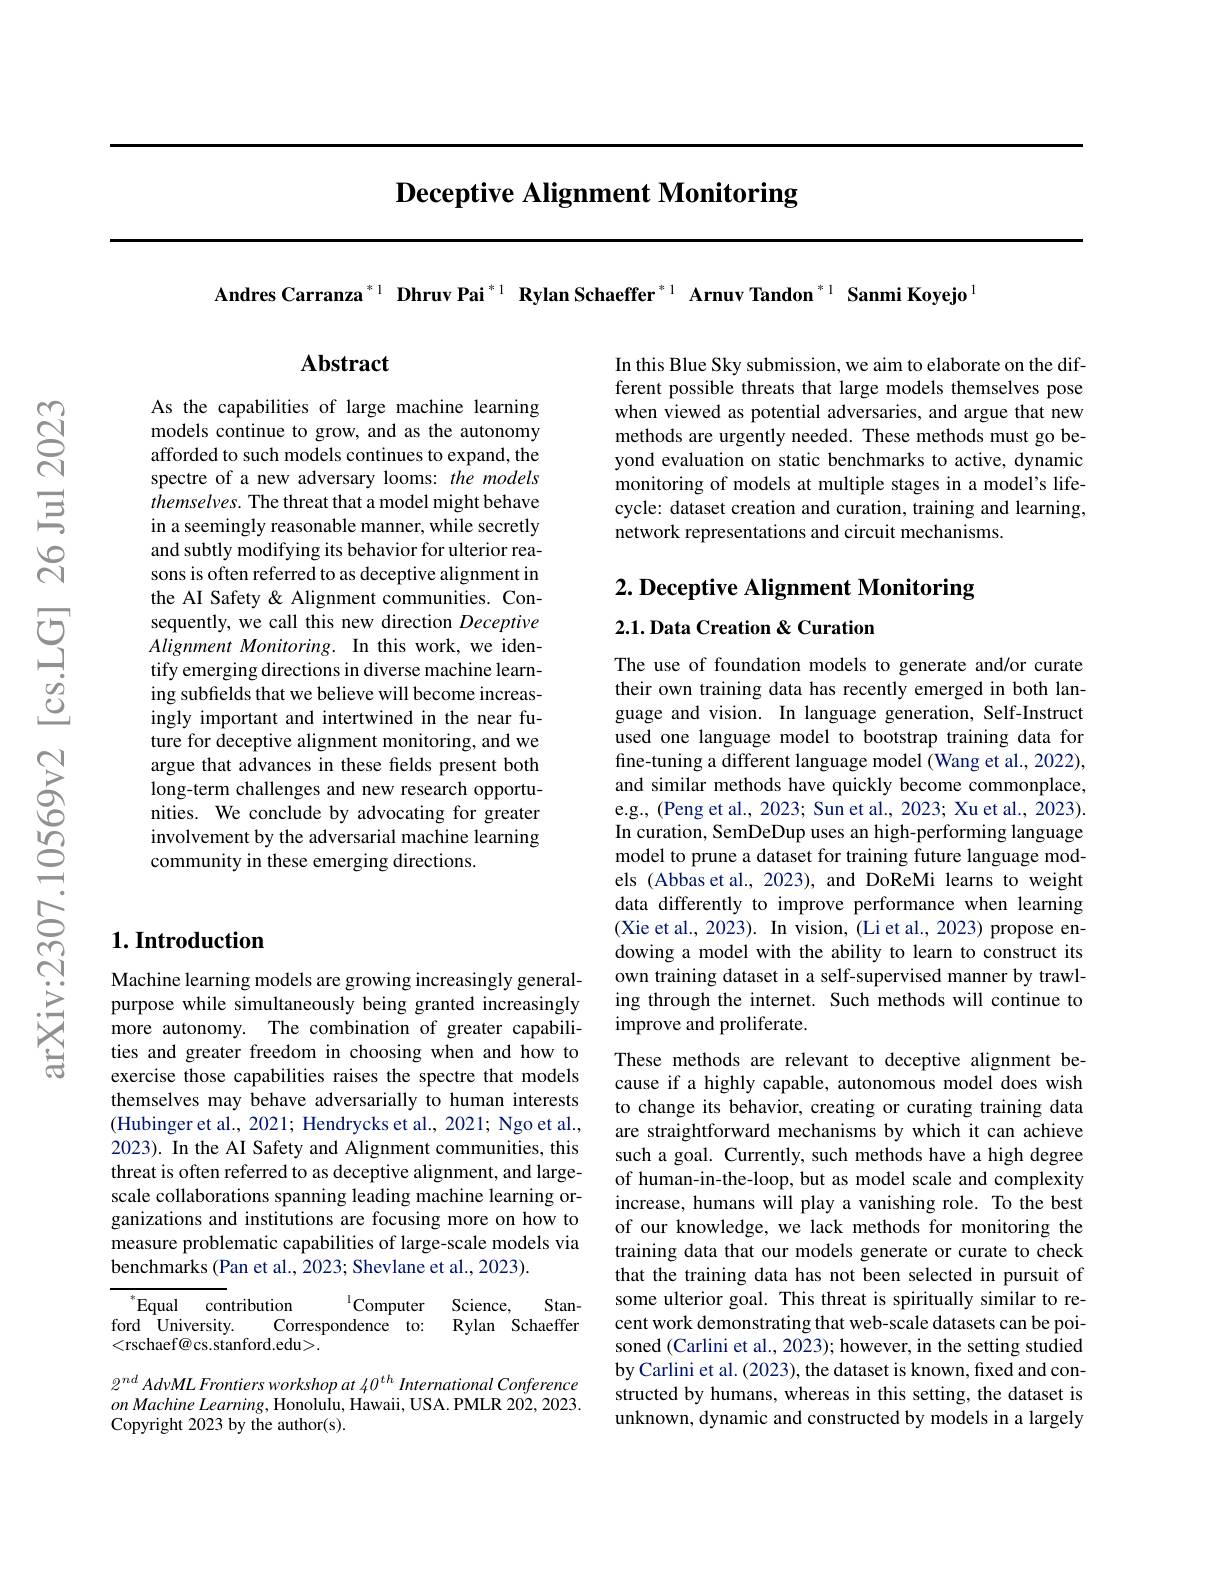
# Deceptive Alignment Monitoring

Andres Carranza$^{*1}$ Dhruv Pai$^{*1}$ Rylan Schaeffer$^{*1}$ Arnuv Tandon$^{*1}$ Sanmi Koyejo$^{1}$

## $\mathbf{Abstract}$

As the capabilities of large machine learning models continue to grow, and as the autonomy afforded to such models continues to expand, the spectre of a new adversary looms: the models themselves. The threat that a model might behave in a seemingly reasonable manner, while secretly and subtly modifying its behavior for ulterior reasons is often referred to as deceptive alignment in the AI Safety & Alignment communities. Consequently, we call this new direction Deceptive Alignment Monitoring. In this work, we identify emerging directions in diverse machine learning subfields that we believe will become increasingly important and intertwined in the near future for deceptive alignment monitoring, and we argue that advances in these felds present both long-term challenges and new research opportunities. We conclude by advocating for greater involvement by the adversarial machine learning community in these emerging directions.

## $1. \textbf{Introduction}$

Machine learning models are growing increasingly generalpurpose while simultaneously being granted increasingly more autonomy. The combination of greater capabilities and greater freedom in choosing when and how to exercise those capabilities raises the spectre that models themselves may behave adversarially to human interests (Hubinger et al., 2021; Hendrycks et al., 2021; Ngo et al., 2023). In the AI Safety and Alignment communities, this threat is often referred to as deceptive alignment, and largescale collaborations spanning leading machine learning organizations and institutions are focusing more on how to measure problematic capabilities of large-scale models via benchmarks (Pan et al., 2023; Shevlane et al., 2023).

$^{*}$Equal contribution
$^{1}$Computer Science,
Stan-
ford University.
Correspondence to: Rylan Schaeffer
<rschaef@cs.stanford.edu>.

$2^{nd}AdvMLFrontiersworkshopat\not0^{th}$ International Conference $on\textit{Machine Learning, Honolulu, Hawaii, USA. PMLR 202, 2023. }$ Copyright 2023 by the author(s).

In this Blue Sky submission, we aim to elaborate on the different possible threats that large models themselves pose when viewed as potential adversaries, and argue that new methods are urgently needed. These methods must go beyond evaluation on static benchmarks to active, dynamic monitoring of models at multiple stages in a model's lifecycle: dataset creation and curation, training and learning, network representations and circuit mechanisms.

$2. \textbf{ Deceptive Alignment Monitoring}$

2.1. Data Creation & Curation

The use of foundation models to generate and/or curate their own training data has recently emerged in both language and vision. In language generation, Self-Instruct used one language model to bootstrap training data for fine-tuning a different language model (Wang et al., 2022), and similar methods have quickly become commonplace, e.g., (Peng et al., 2023; Sun et al., 2023; Xu et al., 2023). In curation, SemDeDup uses an high-performing language model to prune a dataset for training future language models (Abbas et al., 2023), and DoReMi learns to weight data differently to improve performance when learning (Xie et al., 2023). In vision, (Li et al., 2023) propose endowing a model with the ability to learn to construct its own training dataset in a self-supervised manner by trawling through the internet. Such methods will continue to improve and proliferate.

These methods are relevant to deceptive alignment because if a highly capable, autonomous model does wish to change its behavior, creating or curating training data are straightforward mechanisms by which it can achieve such a goal. Currently, such methods have a high degree of human-in-the-loop, but as model scale and complexity increase, humans will play a vanishing role. To the best of our knowledge, we lack methods for monitoring the training data that our models generate or curate to check that the training data has not been selected in pursuit of some ulterior goal. This threat is spiritually similar to recent work demonstrating that web-scale datasets can be poisoned (Carlini et al., 2023); however, in the setting studied by Carlini et al. (2023), the dataset is known, fixed and constructed by humans, whereas in this setting, the dataset is unknown, dynamic and constructed by models in a largely